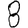
Digit: 8